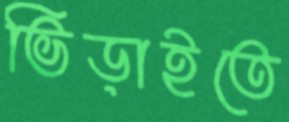
ভিড়াইতে